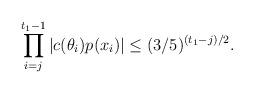
LaTeX: \begin{align*}\prod \limits_{i=j}^{t_1 - 1} |c(\theta_i)p(x_i)| \leq (3/5)^{(t_1 - j)/2}.\end{align*}